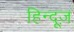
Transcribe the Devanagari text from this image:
हिन्दूज़